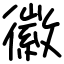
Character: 徽